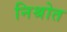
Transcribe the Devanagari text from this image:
निश्रोत